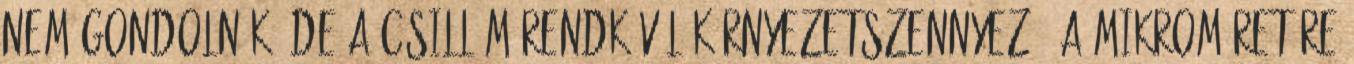
nem gondolnák, de a csillám rendkívül környezetszennyező. A mikroméretűre